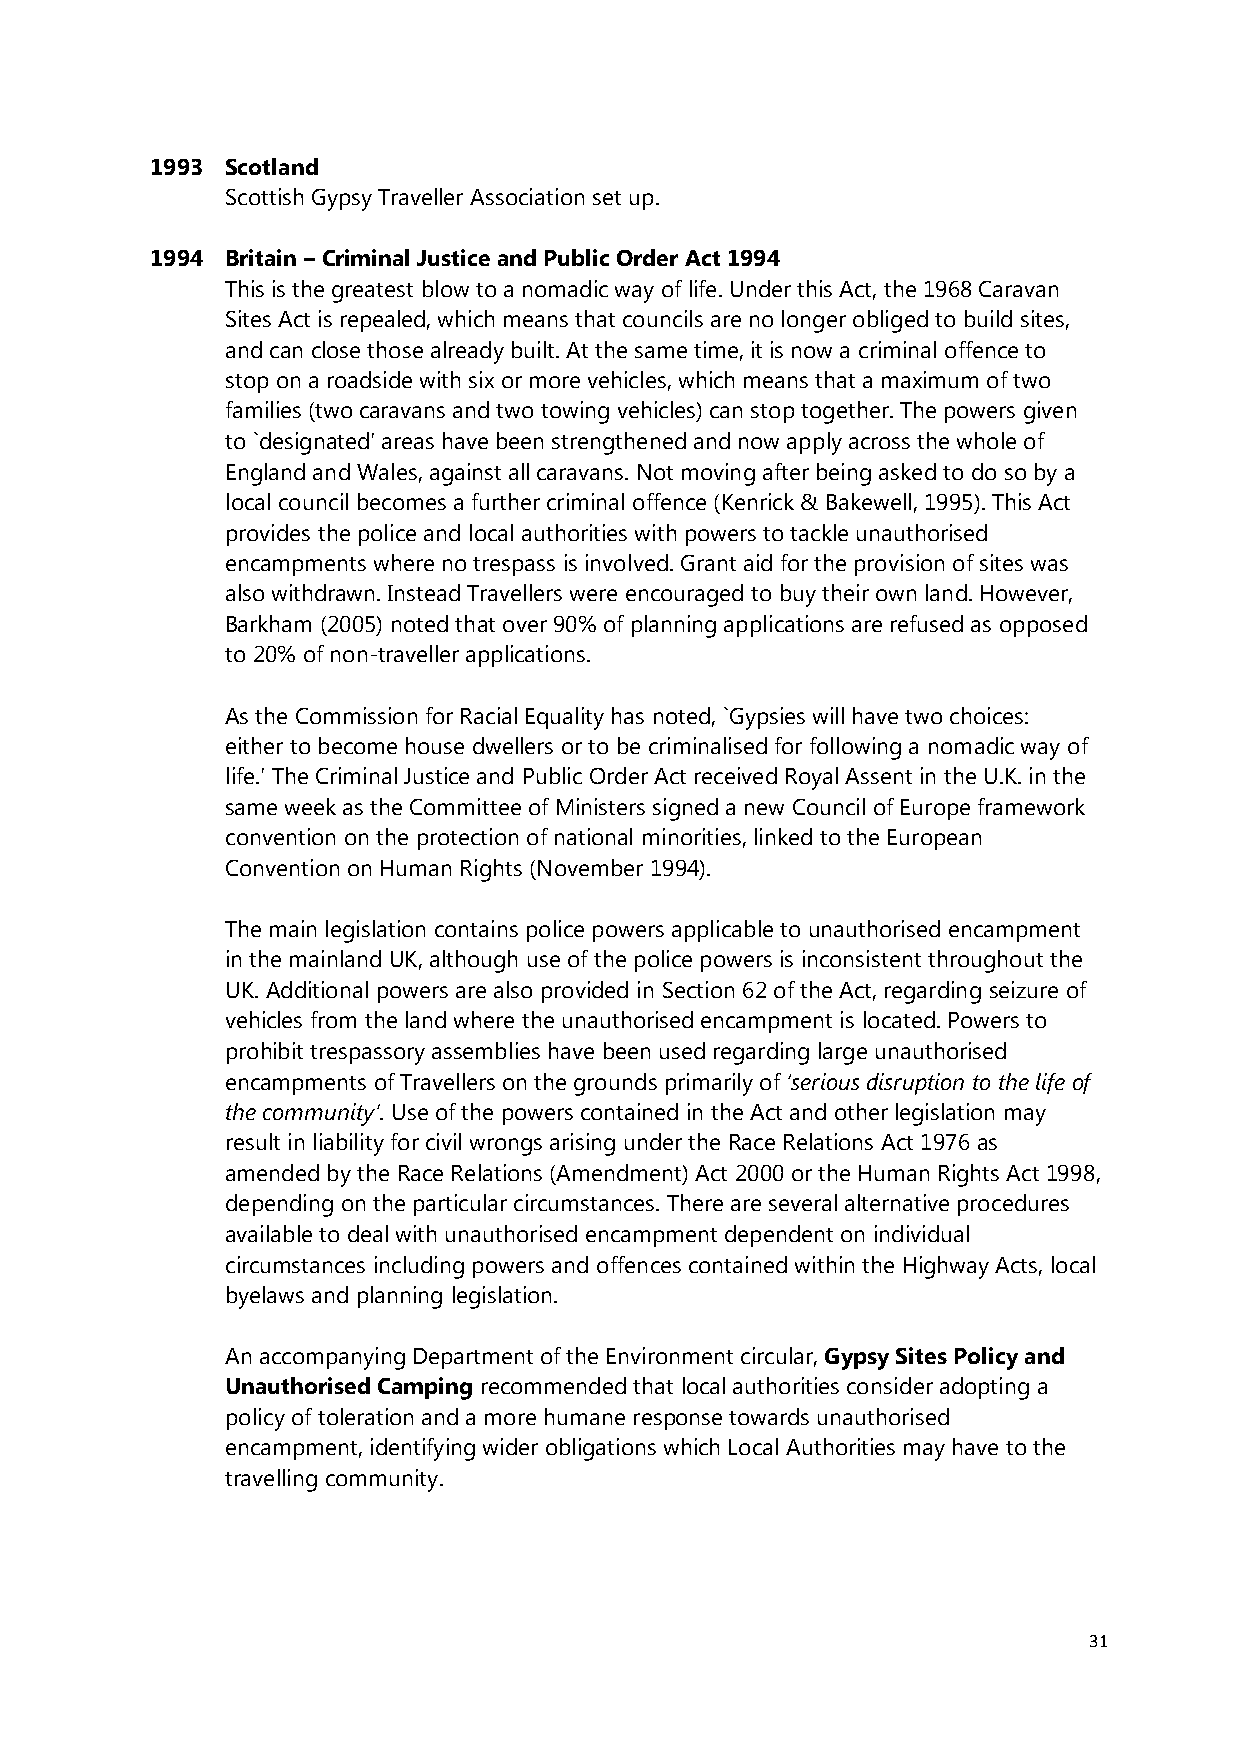
1993 Scotland
 Scottish Gypsy Traveller Association set up.
 1994 Britain – Criminal Justice and Public Order Act 1994
 This is the greatest blow to a nomadic way of life. Under this Act, the 1968 Caravan
 Sites Act is repealed, which means that councils are no longer obliged to build sites,
 and can close those already built. At the same time, it is now a criminal offence to
 stop on a roadside with six or more vehicles, which means that a maximum of two
 families (two caravans and two towing vehicles) can stop together. The powers given
 to `designated' areas have been strengthened and now apply across the whole of
 England and Wales, against all caravans. Not moving after being asked to do so by a
 local council becomes a further criminal offence (Kenrick & Bakewell, 1995). This Act
 provides the police and local authorities with powers to tackle unauthorised
 encampments where no trespass is involved. Grant aid for the provision of sites was
 also withdrawn. Instead Travellers were encouraged to buy their own land. However,
 Barkham (2005) noted that over 90% of planning applications are refused as opposed
 to 20% of non-traveller applications.
 As the Commission for Racial Equality has noted, `Gypsies will have two choices:
 either to become house dwellers or to be criminalised for following a nomadic way of
 life.' The Criminal Justice and Public Order Act received Royal Assent in the U.K. in the
 same week as the Committee of Ministers signed a new Council of Europe framework
 convention on the protection of national minorities, linked to the European
 Convention on Human Rights (November 1994).
 The main legislation contains police powers applicable to unauthorised encampment
 in the mainland UK, although use of the police powers is inconsistent throughout the
 UK. Additional powers are also provided in Section 62 of the Act, regarding seizure of
 vehicles from the land where the unauthorised encampment is located. Powers to
 prohibit trespassory assemblies have been used regarding large unauthorised
 encampments of Travellers on the grounds primarily of ‘serious disruption to the life of
 the community’. Use of the powers contained in the Act and other legislation may
 result in liability for civil wrongs arising under the Race Relations Act 1976 as
 amended by the Race Relations (Amendment) Act 2000 or the Human Rights Act 1998,
 depending on the particular circumstances. There are several alternative procedures
 available to deal with unauthorised encampment dependent on individual
 circumstances including powers and offences contained within the Highway Acts, local
 byelaws and planning legislation.
 An accompanying Department of the Environment circular, Gypsy Sites Policy and
 Unauthorised Camping recommended that local authorities consider adopting a
 policy of toleration and a more humane response towards unauthorised
 encampment, identifying wider obligations which Local Authorities may have to the
 travelling community.
 31